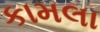
કામલા